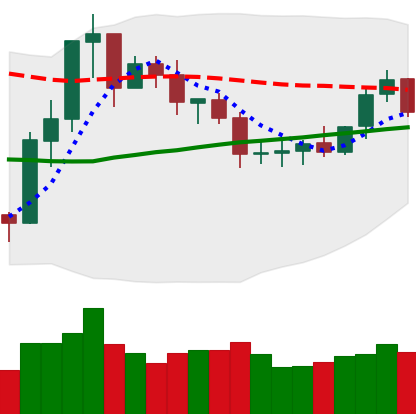
Ticker: ETC-USD
Chart end date: 2020-07-24
Forward return: 16.304%
Label: up_7plus